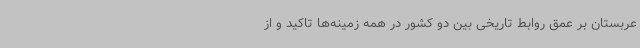
عربستان بر عمق روابط تاریخی بین دو کشور در همه زمینه‌ها تاکید و از